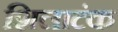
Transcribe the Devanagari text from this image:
शिलाटंक